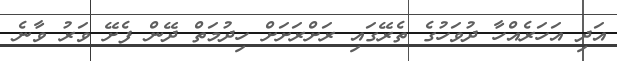
އަދި އަހަރެއްހާ ދުވަހުގެ ތެރޭގައި ރަށްރަށަށް ހިދުމަތް ދޭން ފެށޭ ވަރު ވާނެ